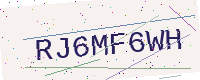
Text: RJ6MF6WH